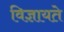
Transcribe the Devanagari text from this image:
विज्ञायते